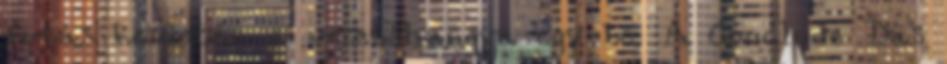
futás kezdetén a vezetőhangya egy be. A Conclude Das